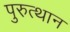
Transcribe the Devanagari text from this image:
पुरुत्थान